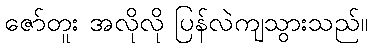
ဇော်တူး အလိုလို ပြန်လဲကျသွားသည်။